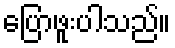
ပြောဖူးပါသည်။